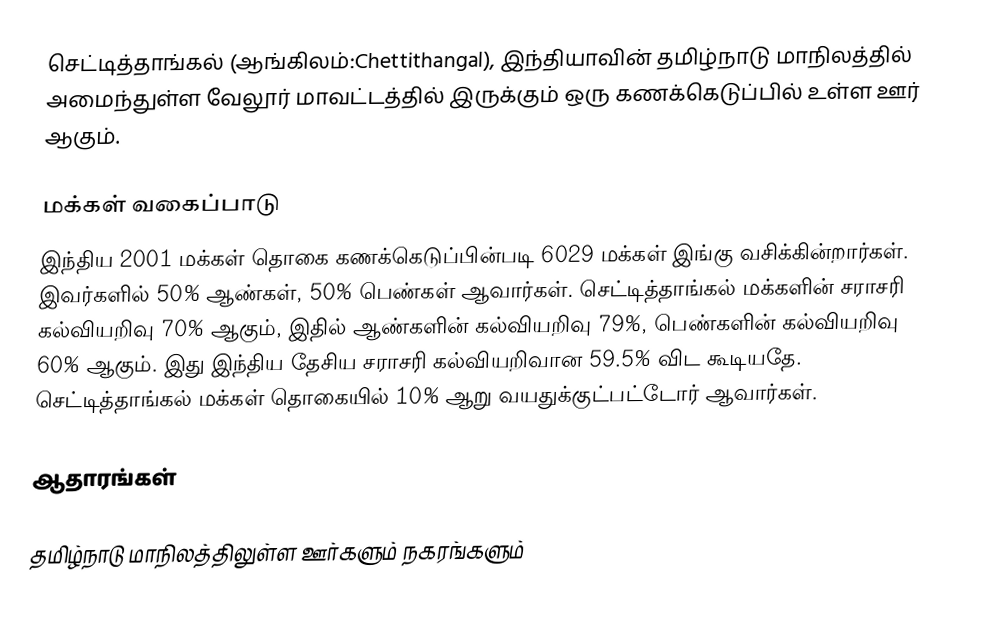
செட்டித்தாங்கல் (ஆங்கிலம்:Chettithangal), இந்தியாவின் தமிழ்நாடு மாநிலத்தில் அமைந்துள்ள வேலூர் மாவட்டத்தில் இருக்கும் ஒரு கணக்கெடுப்பில் உள்ள ஊர்  ஆகும்.

மக்கள் வகைப்பாடு
இந்திய 2001 மக்கள் தொகை கணக்கெடுப்பின்படி 6029 மக்கள் இங்கு வசிக்கின்றார்கள். இவர்களில் 50% ஆண்கள், 50% பெண்கள் ஆவார்கள். செட்டித்தாங்கல் மக்களின் சராசரி கல்வியறிவு 70% ஆகும்,  இதில் ஆண்களின் கல்வியறிவு 79%,  பெண்களின் கல்வியறிவு 60% ஆகும். இது இந்திய தேசிய சராசரி கல்வியறிவான 59.5% விட கூடியதே. செட்டித்தாங்கல் மக்கள் தொகையில் 10%  ஆறு வயதுக்குட்பட்டோர் ஆவார்கள்.

ஆதாரங்கள்

தமிழ்நாடு மாநிலத்திலுள்ள ஊர்களும் நகரங்களும்